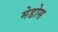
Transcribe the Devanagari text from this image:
मेडोस